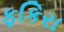
ફકિરા